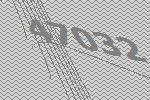
47032